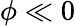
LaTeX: \phi\ll 0